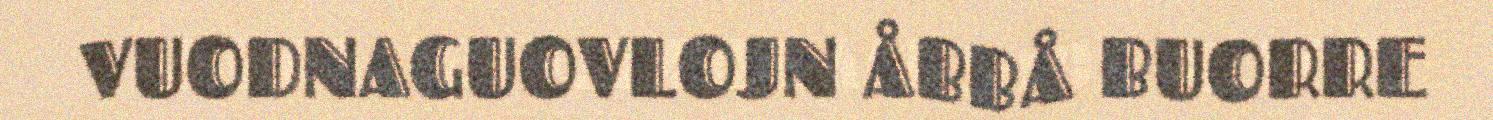
VUODNAGUOVLOJN ÅBBÅ BUORRE